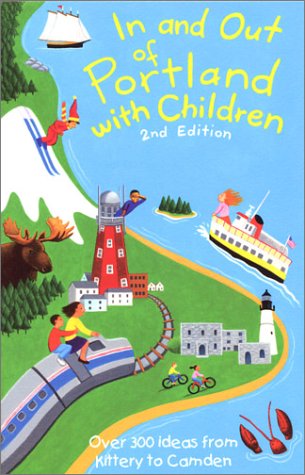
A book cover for In and Out of Portland with Children; Jane Petrlik Smolik; Travel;